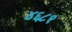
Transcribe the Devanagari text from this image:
४६८१